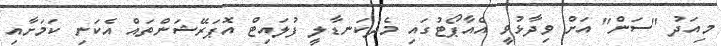
މިއަދު "ސަން" އަށް ވިދާޅުވީ އެއާޕޯޓުގައި މެދުކަނޑާލީ ފުލައިޓް އޮޕަރޭޝަންތައް އެކަނި ކަަމަށާއި